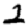
Digit: 2